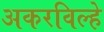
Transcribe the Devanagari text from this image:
अकरविल्हे